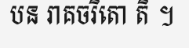
បន រាគចរិតោ តិ ។